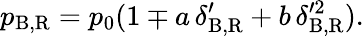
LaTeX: p_{\mathrm{B,R}}=p_{0}(1\mp a\, \delta_{\mathrm{B,R}}^{\prime}+b\, \delta_{\mathrm{B,R}}^{\prime 2}).